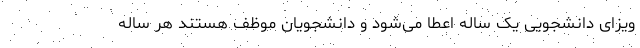
ویزای دانشجویی یک ساله اعطا می‌شود و دانشجویان موظف هستند هر ساله